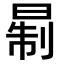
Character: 𪰮